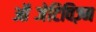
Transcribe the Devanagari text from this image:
ऑब्जेटिविज़्म